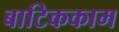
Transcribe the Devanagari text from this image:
बाटिककाम